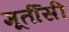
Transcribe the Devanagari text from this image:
मूर्तीसी